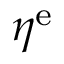
\eta ^ { \mathrm { e } }